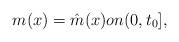
LaTeX: \begin{align*}m(x)=\hat m(x)on(0,t_0],\end{align*}